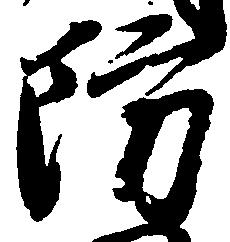
防